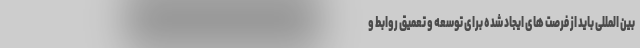
بین المللی باید از فرصت های ایجاد شده برای توسعه و تعمیق روابط و